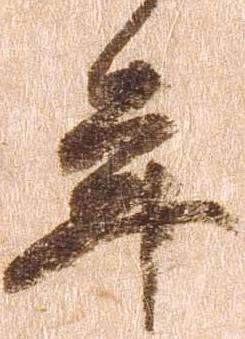
年